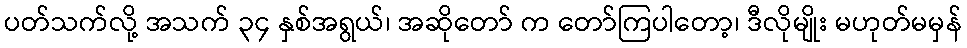
ပတ်သက်လို့ အသက် ၃၄ နှစ်အရွယ်၊ အဆိုတော် က တော်ကြပါတော့၊ ဒီလိုမျိုး မဟုတ်မမှန်